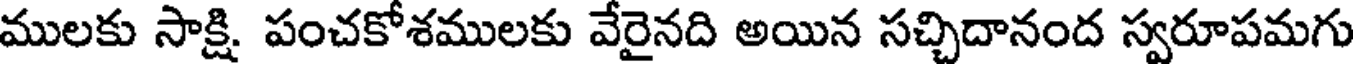
ములకు సాక్షి పంచకోశములకు వేరైనది అయిన సచ్చిదానంద స్వరూపమగు